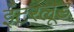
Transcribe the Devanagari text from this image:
इंटरलूड